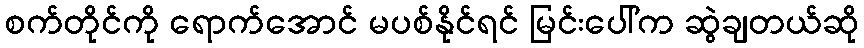
စက်တိုင်ကို ရောက်အောင် မပစ်နိုင်ရင် မြင်းပေါ်က ဆွဲချတယ်ဆို